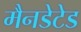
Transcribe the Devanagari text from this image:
मैनडेटेड